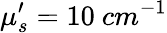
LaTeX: \mu_{s}^{\prime}=10\ cm^{-1}